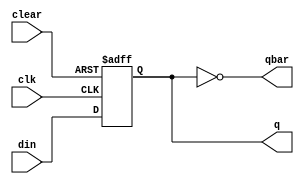
// negative edge triggered D flipflop with asynchronous reset
module Dff_negedge(q,qbar, din, clear, clk);
    output q, qbar;
    input din, clear, clk;
    reg q;
    assign qbar=~q;
    always @(negedge clk or posedge clear) begin
        if(clear)
            q<=0;
        else
            q<=din;
    end
endmodule

// Positive edge triggered D flipflop with asynchronous reset
module Dff_posedge (q,qbar, din, clear, clk);
    output q, qbar;
    input din, clear, clk;
    reg q;
    assign qbar=~q;
    always @(posedge clk or posedge clear) begin
        if(clear)
            q<=0;
        else
            q<=din;
    end
endmodule

// Positive + negative edge triggered D flipflop with asynchronous reset
module Dff_bothedge (q,qbar, din, clear, clk);
    output q, qbar;
    input din, clear, clk;
    reg q;
    assign qbar=~q;
    always @(posedge clk or negedge clk or posedge clear) begin
        if(clear)
            q<=0;
        else
            q<=din;
    end
endmodule